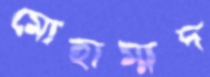
মোহাম্মদ